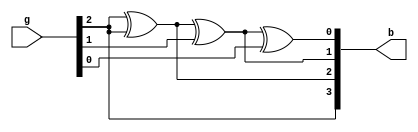
//grey to binary
//b[3]=g[2]
//b[2]=b[3] xor g[2]

module fml(output [3:0]b,input [3:0]g);
 assign b[3]=g[2];
 xor(b[2],b[3],g[2]),(b[1],b[2],g[1]),(b[0],b[1],g[0]);
endmodule

module grey_to_binary;
 reg [3:0]g;
 wire [3:0]b;
 fml instance0(b,g);
 initial begin 
    $dumpfile("hel.vcd");
    $dumpvars(1);
    $display(" Grey to Binary");
    $monitor(" %b  %b",g,b);

    g=0;
    #1;g=1;
    #1;g=2;
    #1;g=3;
    #1;g=4;
    #1;g=5;
    #1;g=6;
    #1;g=7;
    #1;g=8;
    #1;g=9;
    #1;g=10;
    #1;g=11;
    #1;g=12;
    #1;g=13;
    #1;g=14;
    #1;g=15;
    #1;
 end
endmodule